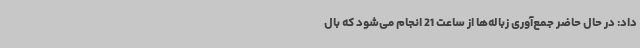
داد: در حال حاضر جمع‌آوری زباله‌ها از ساعت 21 انجام می‌شود که بال